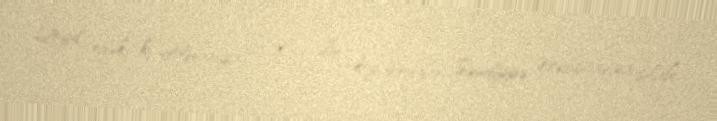
Qeyd edək ki, Almaniya 2018-ci ilin oktyabrından Səudiyyə Ərəbistanına silah